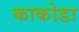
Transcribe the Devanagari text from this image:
काकोडा